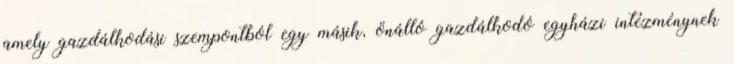
amely gazdálkodási szempontból egy másik, önálló gazdálkodó egyházi intézménynek